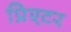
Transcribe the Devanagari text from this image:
प्रिएटर